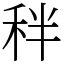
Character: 秚